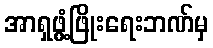
အာရှဖွံ့ဖြိုးရေးဘဏ်မှ